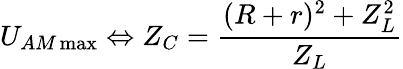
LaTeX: U_{AM\operatorname*{max}}\Leftrightarrow Z_{C}=\frac{(R+r)^{2}+Z_{L}^{2}}{Z_{L}}